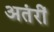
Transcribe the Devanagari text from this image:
अतंरीं